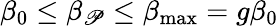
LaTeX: \beta_{0}\le\beta_{\mathscr{P}}\le\beta_{\mathrm{{max}}}=g\beta_{0}